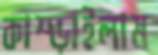
কাম্‌ড়াইলাম